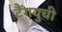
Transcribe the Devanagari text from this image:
टैंगयुची